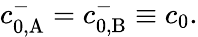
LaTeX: \begin{array}{r}{c_{0,\mathrm{A}}^{-}=c_{0,\mathrm{B}}^{-}\equiv c_{0}.}\end{array}